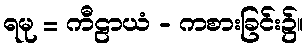
ရမု = ကီဠာယံ - ကစားခြင်း၌။